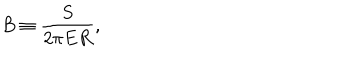
B \equiv { \frac { S } { 2 \pi E R } } ,